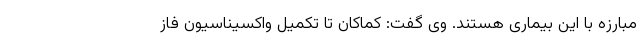
مبارزه با این بیماری هستند. وی گفت: کماکان تا تکمیل واکسیناسیون فاز